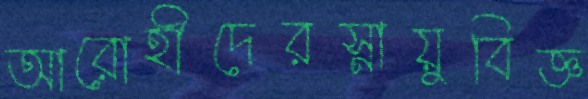
আরোহীদেরস্নায়ুবিজ্ঞ